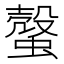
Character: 𧐜